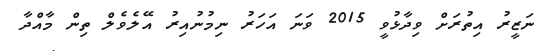
ނަޒީރު އިތުރަށް ވިދާޅުވީ 2015 ވަނަ އަހަރު ނިމުނުއިރު އޭލެވެލް ތިން މާއްދާ